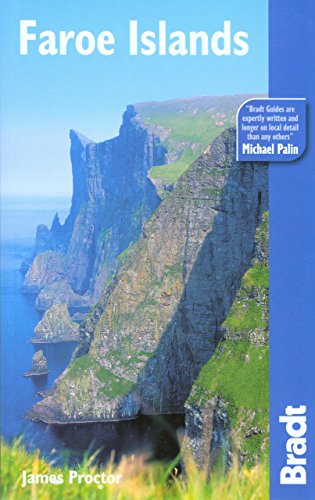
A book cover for Faroe Islands, 2nd (Bradt Travel Guide); James Proctor; Travel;